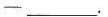
—___.